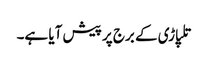
تلپاڑی کے برج پر پیش آیا ہے۔